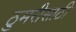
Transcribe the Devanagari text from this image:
ठुमरीसाठी